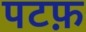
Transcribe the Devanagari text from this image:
पटफ़